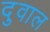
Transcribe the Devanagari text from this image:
दुवाल